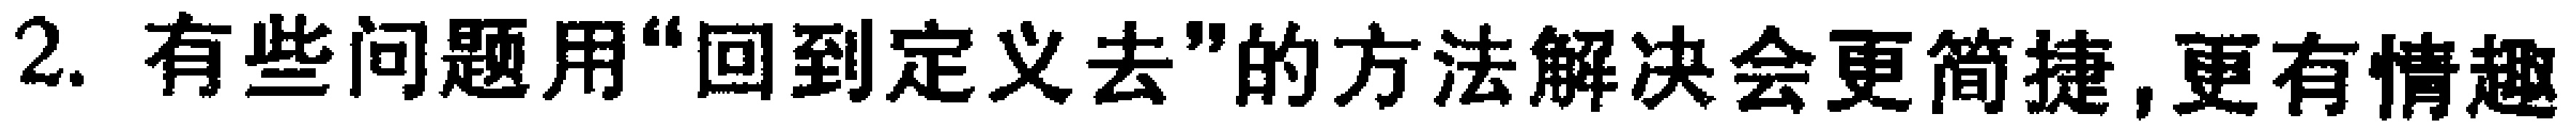
2. 有些问题用“回到定义去”的方法解决会更简捷,更有情趣